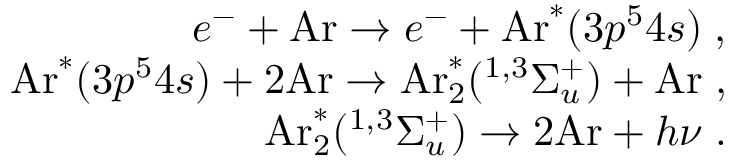
\begin{array} { r } { e ^ { - } + \mathrm { A r } \rightarrow e ^ { - } + \mathrm { A r } ^ { \ast } ( 3 p ^ { 5 } 4 s ) \; , } \\ { \mathrm { A r } ^ { \ast } ( 3 p ^ { 5 } 4 s ) + 2 \mathrm { A r } \rightarrow \mathrm { A r } _ { 2 } ^ { \ast } ( ^ { 1 , 3 } \Sigma _ { u } ^ { + } ) + \mathrm { A r } \; , } \\ { \mathrm { A r } _ { 2 } ^ { \ast } ( ^ { 1 , 3 } \Sigma _ { u } ^ { + } ) \rightarrow 2 \mathrm { A r } + h \nu \; . } \end{array}